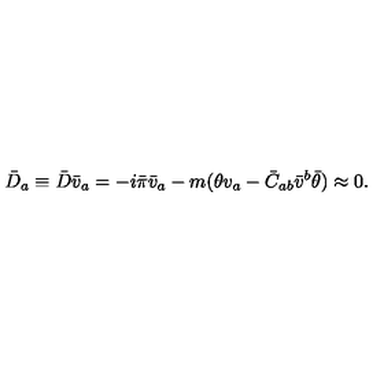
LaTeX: \bar { D } _ { a } \equiv \bar { D } \bar { v } _ { a } = - i \bar { \pi } \bar { v } _ { a } - m ( \theta v _ { a } - \bar { C } _ { a b } \bar { v } ^ { b } \bar { \theta } ) \approx 0 .